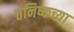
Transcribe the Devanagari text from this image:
तनिष्कच्या